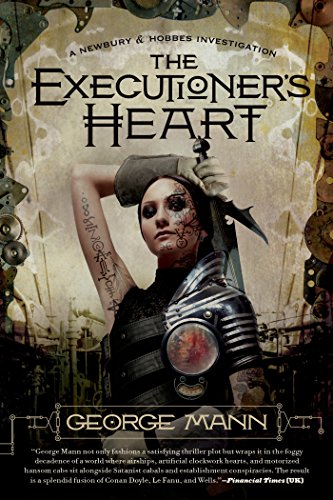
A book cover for The Executioner's Heart (Newbury & Hobbes); George Mann; Science Fiction & Fantasy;